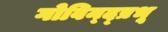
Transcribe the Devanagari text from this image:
गोविन्द्प्रभू